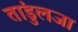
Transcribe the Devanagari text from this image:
तांडुलजा